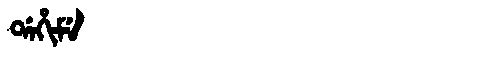
Manchu: ᡩᠠᡥᡳᠮᡝ
Romanization: DAHIME